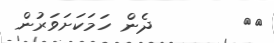
٣١        ދެން ހަމަކަށަވަރުން